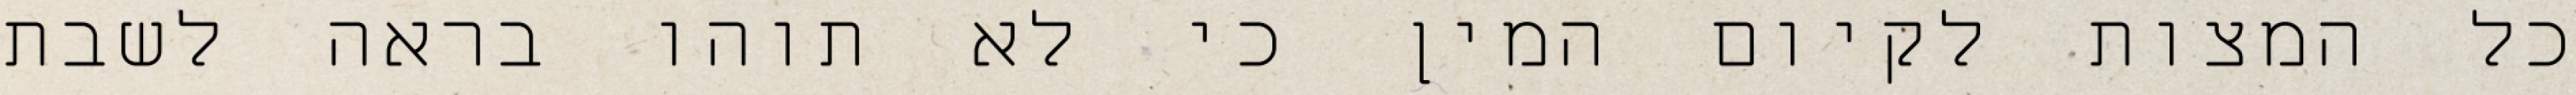
כל המצות לקיום המין כי לא תוהו בראה לשבת